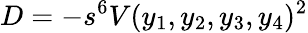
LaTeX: D=-s^{6}V(y_{1},y_{2},y_{3},y_{4})^{2}